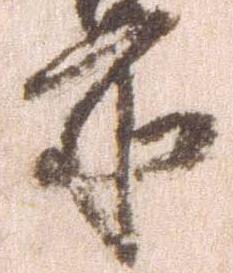
所